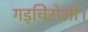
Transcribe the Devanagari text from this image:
गड़चिरोली।